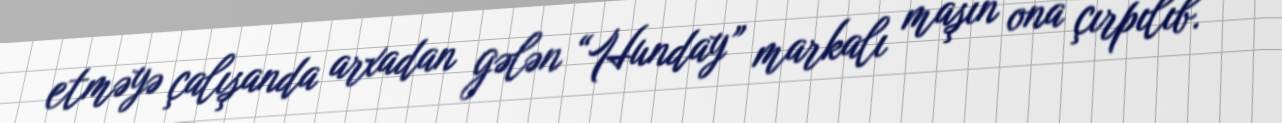
etməyə çalışanda arxadan gələn “Hunday” markalı maşın ona çırpılıb.